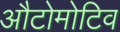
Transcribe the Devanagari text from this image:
औटोमोटिव